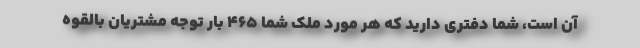
آن است، شما دفتری دارید که هر مورد ملک شما ۴۶۵ بار توجه مشتریان بالقوه